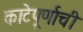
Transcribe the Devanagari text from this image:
काटेपूर्णाची